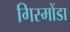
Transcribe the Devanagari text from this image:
गिस्मोंडा